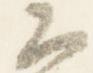
公